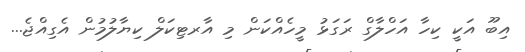
އިބޫ އަކީ ކިހާ އަހްލާގް ރަގަޅު މީހެއްކަން މި އާރޓިކަލް ކިޔާލުމުން އެގިއްޖެ...